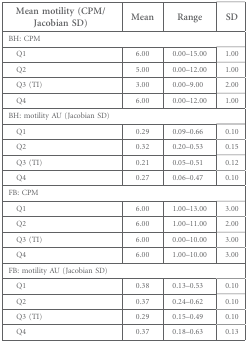
<table><thead><tr><td><b>Mean motility (CPM/Jacobian SD)</b></td><td><b>Mean</b></td><td><b>Range</b></td><td><b>SD</b></td></tr></thead><tbody><tr><td colspan="4">BH: CPM</td></tr><tr><td> Q1</td><td>6.00</td><td>0.00–15.00</td><td>1.00</td></tr><tr><td> Q2</td><td>5.00</td><td>0.00–12.00</td><td>1.00</td></tr><tr><td> Q3 (TI)</td><td>3.00</td><td>0.00–9.00</td><td>2.00</td></tr><tr><td> Q4</td><td>6.00</td><td>0.00–12.00</td><td>1.00</td></tr><tr><td colspan="4">BH: motility AU (Jacobian SD)</td></tr><tr><td> Q1</td><td>0.29</td><td>0.09–0.66</td><td>0.10</td></tr><tr><td> Q2</td><td>0.32</td><td>0.20–0.53</td><td>0.15</td></tr><tr><td> Q3 (TI)</td><td>0.21</td><td>0.05–0.51</td><td>0.12</td></tr><tr><td> Q4</td><td>0.27</td><td>0.06–0.47</td><td>0.10</td></tr><tr><td colspan="4">FB: CPM</td></tr><tr><td> Q1</td><td>6.00</td><td>1.00–13.00</td><td>3.00</td></tr><tr><td> Q2</td><td>6.00</td><td>1.00–11.00</td><td>2.00</td></tr><tr><td> Q3 (TI)</td><td>6.00</td><td>0.00–10.00</td><td>3.00</td></tr><tr><td> Q4</td><td>6.00</td><td>1.00–10.00</td><td>3.00</td></tr><tr><td colspan="4">FB: motility AU (Jacobian SD)</td></tr><tr><td> Q1</td><td>0.38</td><td>0.13–0.53</td><td>0.10</td></tr><tr><td> Q2</td><td>0.37</td><td>0.24–0.62</td><td>0.10</td></tr><tr><td> Q3 (TI)</td><td>0.29</td><td>0.15–0.49</td><td>0.10</td></tr><tr><td> Q4</td><td>0.37</td><td>0.18–0.63</td><td>0.13</td></tr></tbody></table>